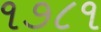
૧૭૮૧